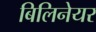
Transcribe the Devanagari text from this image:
बिलिनेयर